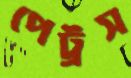
পেট্রস